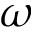
\omega